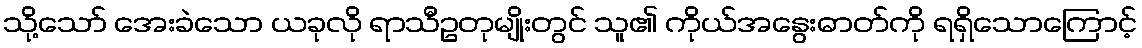
သို့သော် အေးခဲသော ယခုလို ရာသီဥတုမျိုးတွင် သူ၏ ကိုယ်အနွေးဓာတ်ကို ရရှိသောကြောင့်